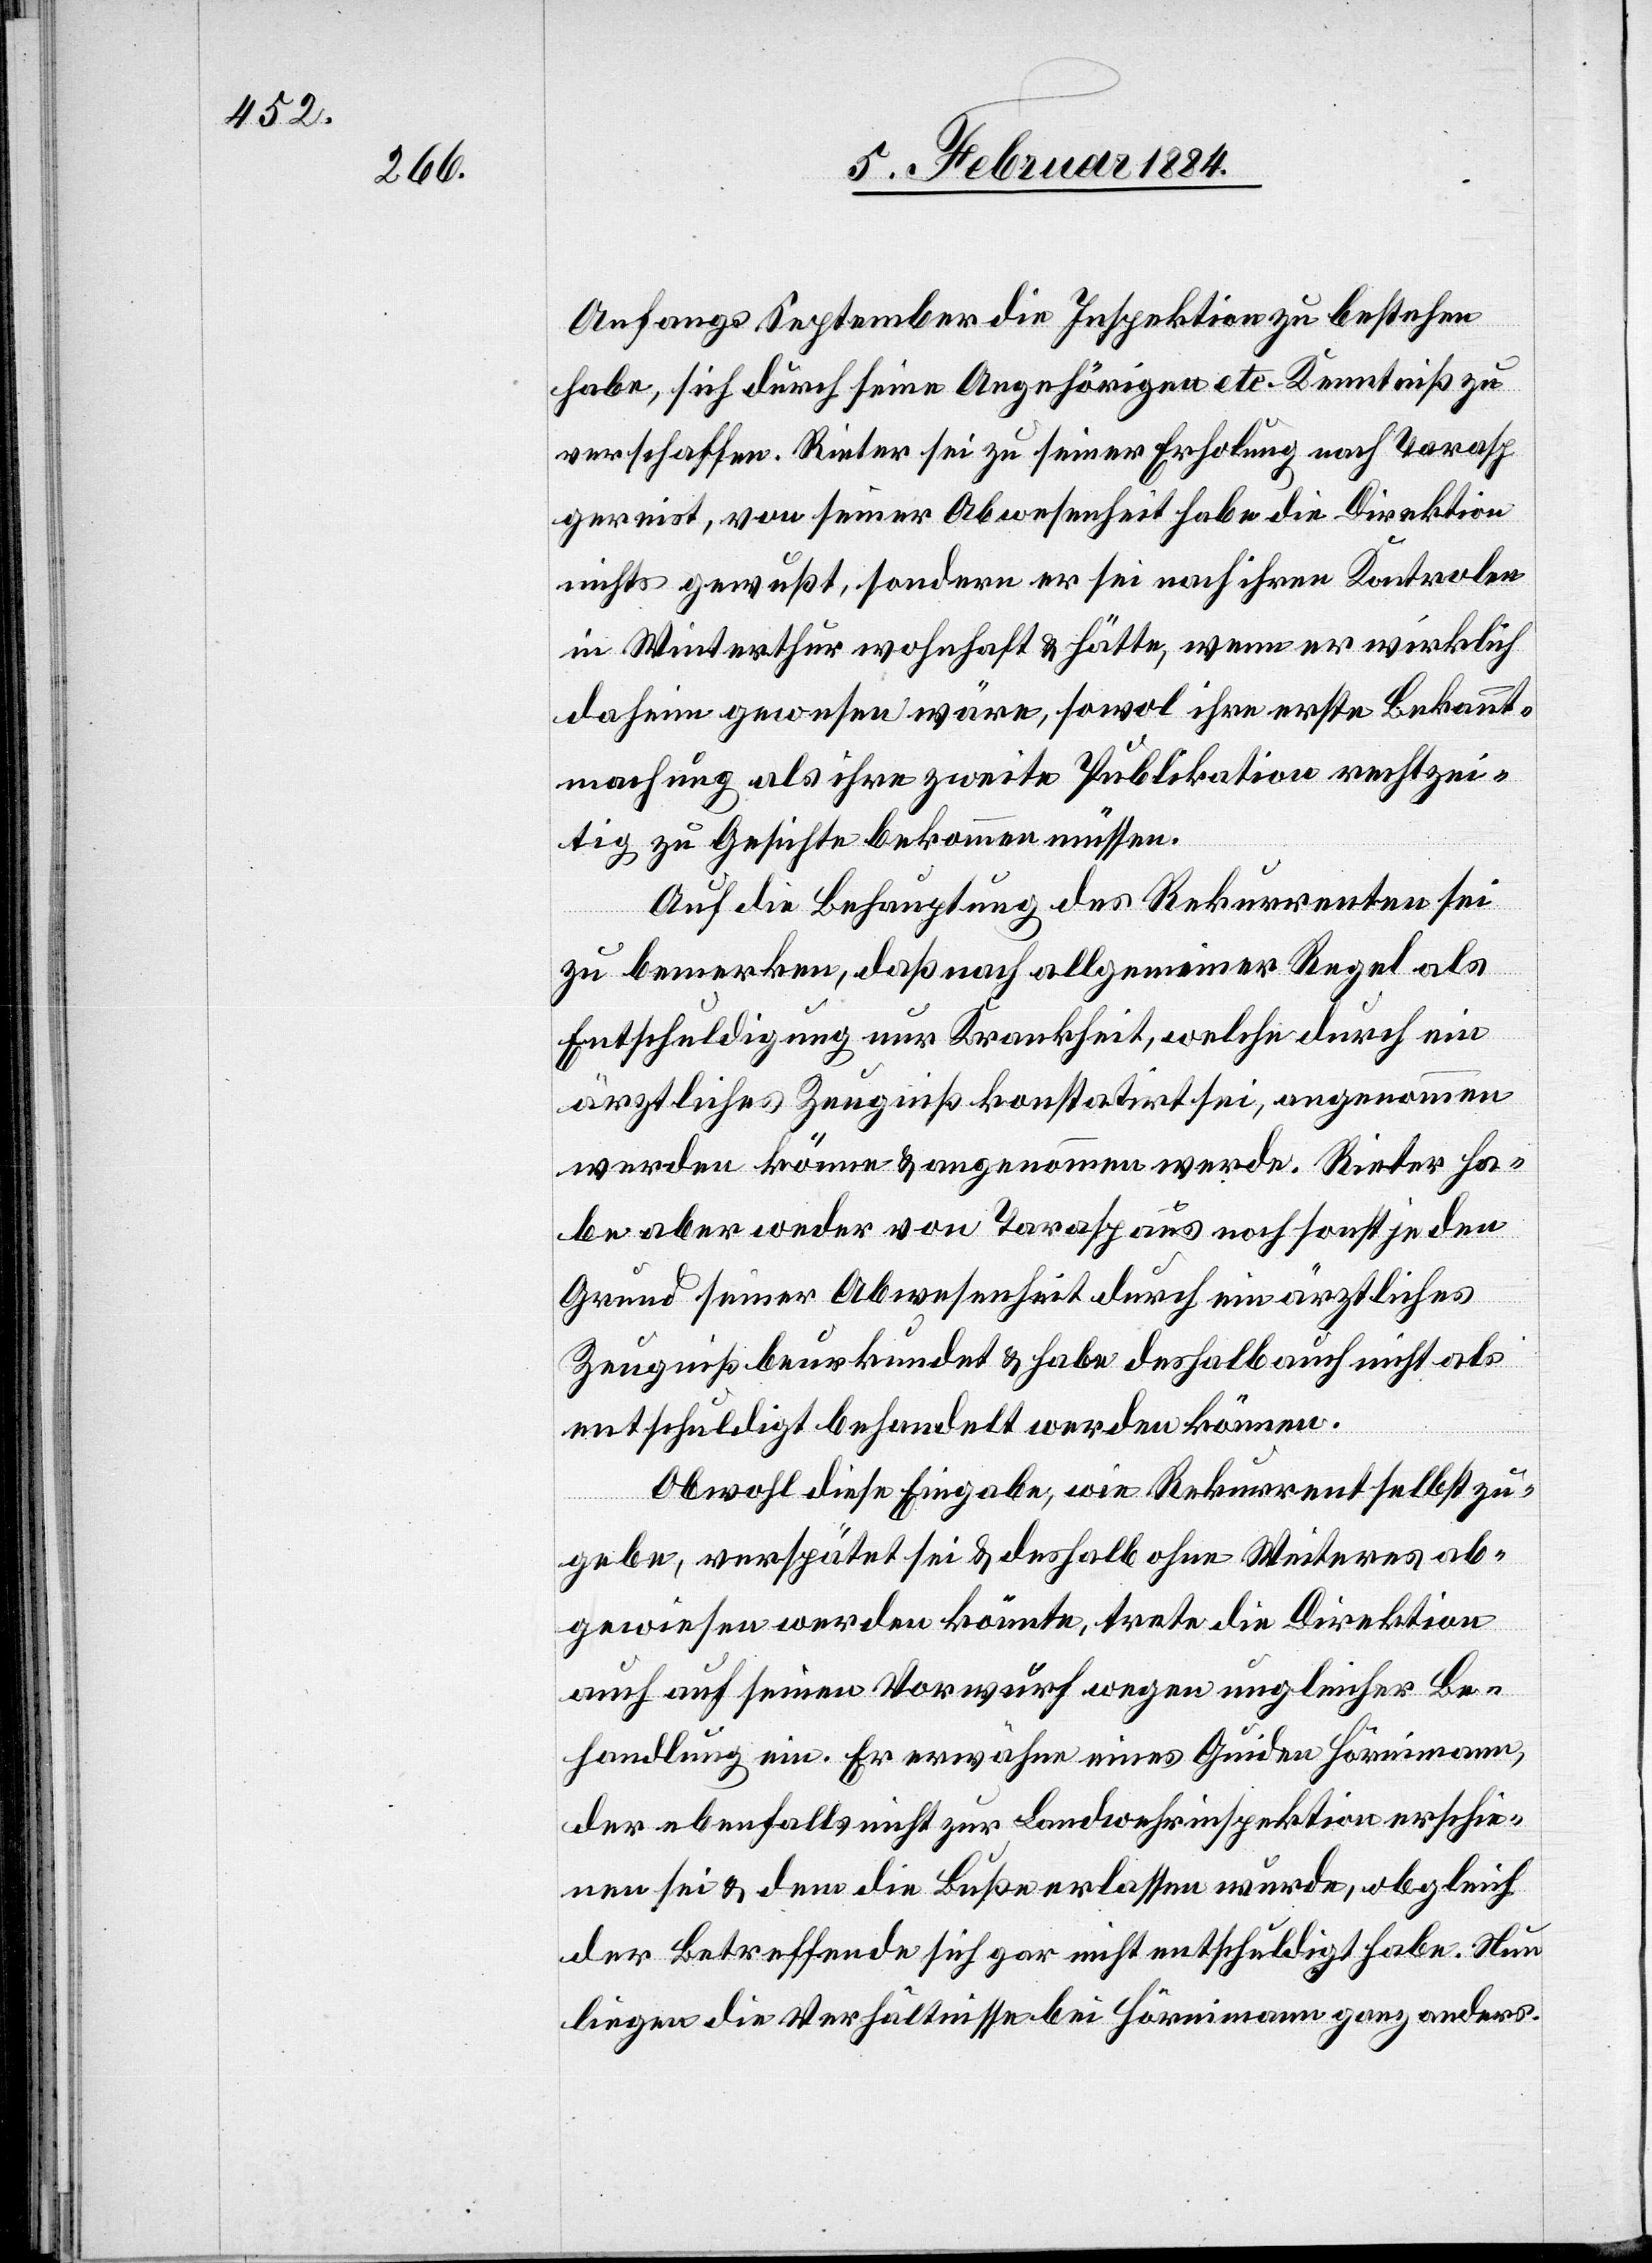
Anfangs September die Inspektion zu bestehen
habe, sich durch seine Angehörigen etc. Kenntniß zu
verschaffen. Rieter sei zu seiner Erholung nach Tarasp
gereist, von seiner Abwesenheit habe die Direktion
nichts gewußt, sondern er sei nach ihren Kontrolen
in Winterthur wohnhaft & hätte, wenn er wirklich
daheim gewesen wäre, sowol ihre erste Bekannt¬
machung als ihre zweite Publikation rechtzei¬
tig zu Gesichte bekommen müssen.
Auf die Behauptung des Rekurrenten sei
zu bemerken, daß nach allgemeiner Regel als
Entschuldigung nur Krankheit, welche durch ein
ärztliches Zeugniß konstatirt sei, angenommen
werden könne & angenommen werde. Rieter ha¬
be aber weder von Tarasp aus noch sonst je den
Grund seiner Abwesenheit durch ein ärztliches
Zeugniß beurkundet & habe deshalb auch nicht als
entschuldigt behandelt werden können.
Obwohl diese Eingabe, wie Rekurrent selbst zu¬
gebe, verspätet sei & deshalb ohne Weiteres ab¬
gewiesen werden könnte, trete die Direktion
auch auf seinen Vorwurf wegen ungleicher Be¬
handlung ein. Er erwähne einen Guiden Hörimann,
der ebenfalls nicht zur Landwehrinspektion erschie¬
nen sei & dem die Buße erlassen wurde, obgleich
der Betreffende sich gar nicht entschuldigt habe. Nun
liegen die Verhältnisse bei Hörimann ganz anders.